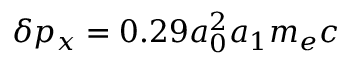
\delta p _ { x } = 0 . 2 9 a _ { 0 } ^ { 2 } a _ { 1 } m _ { e } c